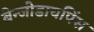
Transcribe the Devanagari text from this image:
बेन्जोडायपिंस